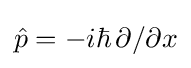
{\hat {p}}=-i\hbar \,\partial /\partial x